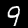
Label: 9